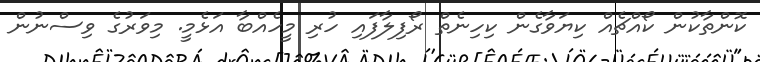
ކޮންތާކުން ކޯއްޗެއް ކިޔަވާގެން ކިހިނެތް ރޯފިލާފައި ހުރި މީހެއްބާ އަޅެމީ. މިވަރުގެ ވިސްނުން